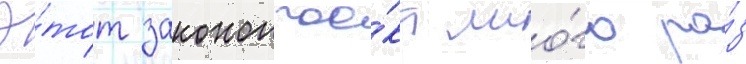
Э́тот законопрое́кт мно́го ра́з